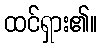
ထင်ရှား၏။